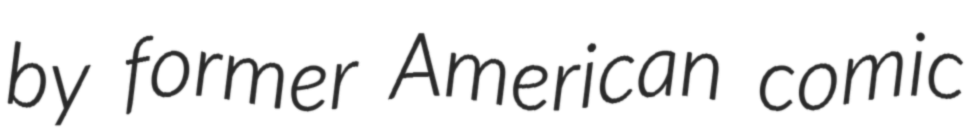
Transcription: by former American comic